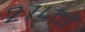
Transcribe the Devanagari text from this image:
२७४वाँ